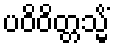
ပဝိဝိတ္တသ္မိံ